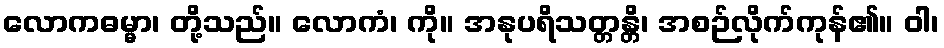
လောကဓမ္မာ၊ တို့သည်။ လောကံ၊ ကို။ အနုပရိသတ္တန္တိ၊ အစဉ်လိုက်ကုန်၏။ ဝါ၊